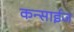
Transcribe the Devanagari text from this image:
कन्साईज